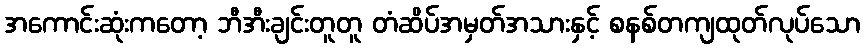
အကောင်းဆုံးကတော့ ဘီအီးချင်းတူတူ တံဆိပ်အမှတ်အသားနှင့် စနစ်တကျထုတ်လုပ်သော